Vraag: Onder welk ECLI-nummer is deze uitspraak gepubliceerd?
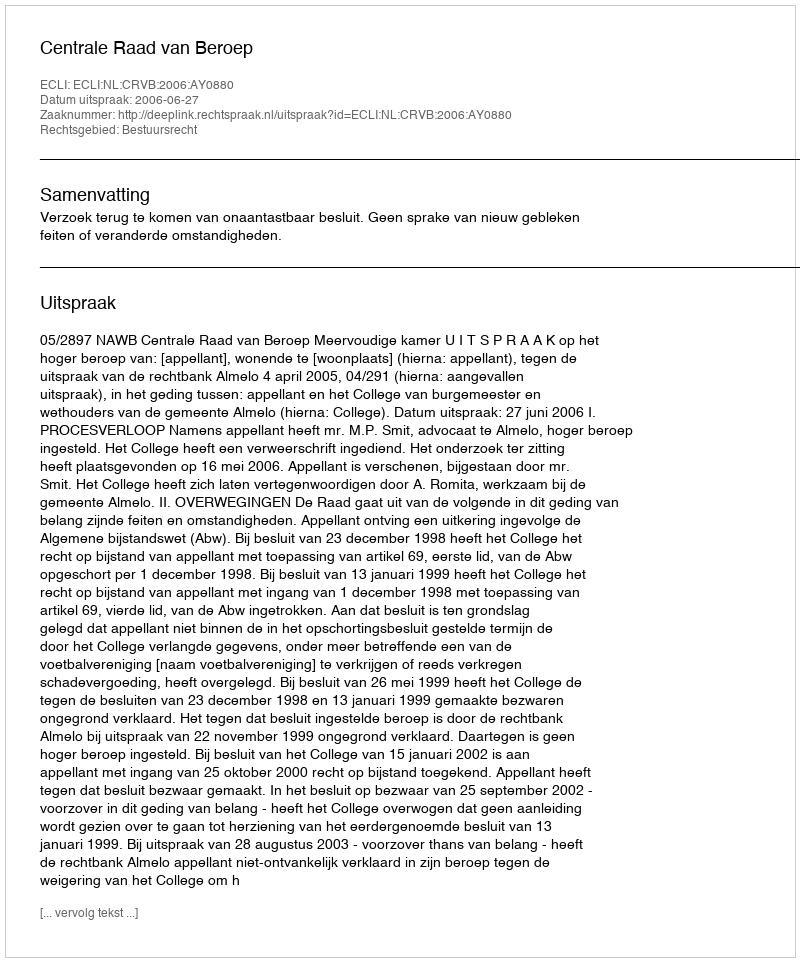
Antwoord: ECLI:NL:CRVB:2006:AY0880